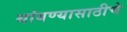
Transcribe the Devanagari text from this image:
थांबण्यासाठीचे